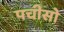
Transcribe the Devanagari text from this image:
पचीसो